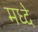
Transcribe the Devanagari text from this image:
मध्दे